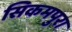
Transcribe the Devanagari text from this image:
सिकमपुरा